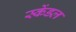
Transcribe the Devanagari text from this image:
स्केंडल